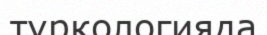
түркологияда